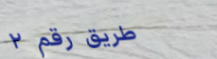
طريق رقم ٢